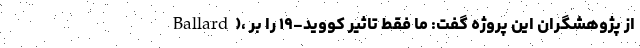
Ballard)، از پژوهشگران این پروژه گفت: ما فقط تاثیر کووید-۱۹ را بر